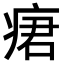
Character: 𤶷